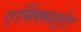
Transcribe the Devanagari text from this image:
एक्क्सिल्रेट